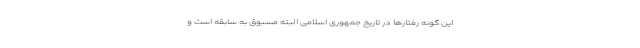
این گونه رفتارها در تاریخ جمهوری اسلامی البته مسبوق به سابقه است و